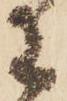
已